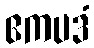
ဧကပဒံ